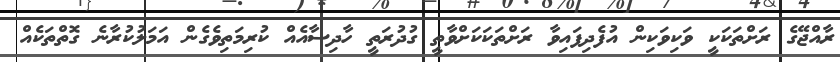
ރާއްޖޭގެ ރަށްތަކަކީ ވަކިވަކިން އުފެދިފައިވާ ރަށްތަކަކަށްވާތީ ގުދުރަތީ ހާދިސާއެއް ކުރިމަތިވެގެން އަމަލުކުރާނެ ގޮތްތަކެއް